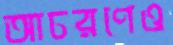
আচরণেও